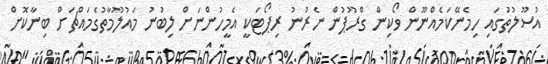
އުސޫލުތަުގައި ހިމެނޭކަމެއްނޫން ވޯކިން ގްރޫޕުން ނެރުނު ރިޕޯޓަކީ އެމީހުންނަށް ލިބުނު މައުލޫމާތުގެމައްޗަށް ބިނާކޮށް